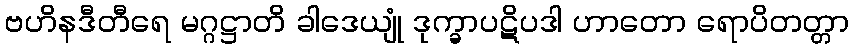
ဗဟိနဒီတီရေ မဂ္ဂဋ္ဌာတိ ခါဒေယျုံ ဒုက္ခာပဋိပဒါ ဟာတော ရောပိတတ္တာ